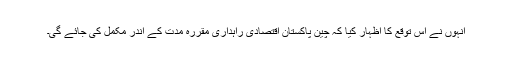
انہوں نے اس توقع کا اظہار کیا کہ چین پاکستان اقتصادی راہداری مقررہ مدت کے اندر مکمل کی جائے گی۔